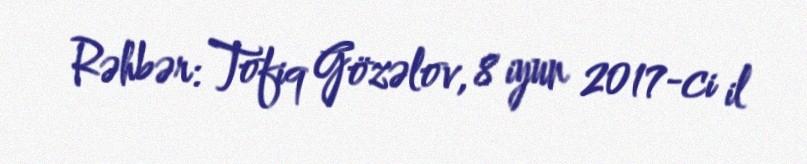
Rəhbər: Tofiq Gözəlov, 8 iyun 2017-ci il